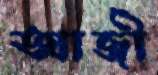
আজী